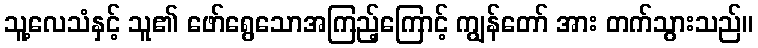
သူ့လေသံနှင့် သူ၏ ဖော်ရွေသောအကြည့်ကြောင့် ကျွန်တော် အား တက်သွားသည်။